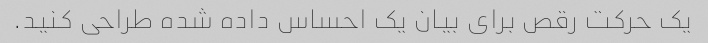
یک حرکت رقص برای بیان یک احساس داده شده طراحی کنید.